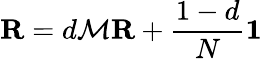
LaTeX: \mathbf{R}=d{\mathcal{M}}\mathbf{R}+{\frac{1-d}{N}}\mathbf{1}